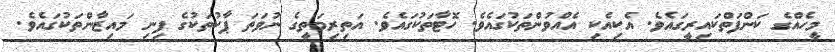
މީހެއްގެ ކަންފަތްކައިރީގައެވެ. އެކިއެކި އެއްވުންތަކުގައެވެ. ހޮޓާތަކުގައެވެ. އަތިރިމަތީގެ ނުވަތަ ޕާކުތަކުގެ ފިނި މައިޒާންތަކުގައެވެ.